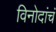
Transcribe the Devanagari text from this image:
विनोदांचं